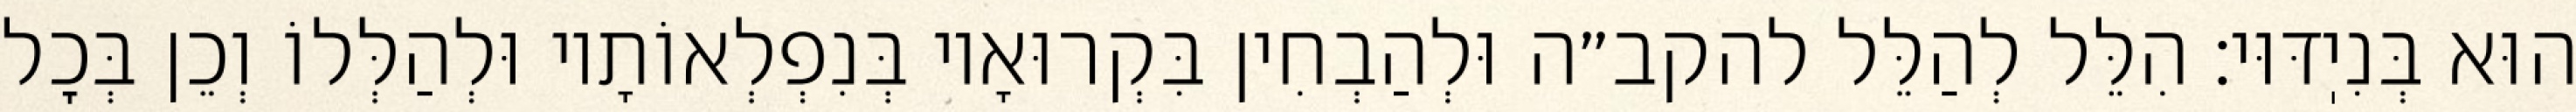
הוּא בְּנִיֽדּוּי: הִלֵּל לְהַלֵּל להקב״ה וּלְהַבְחִין בִּקְרוּאָיו בְּנִפְלְאוֹתָיו וּלְהַלְּלוֹ וְכֵן בְּכׇל